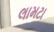
લામટા